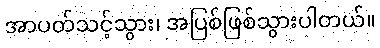
အာပတ်သင့်သွား၊ အပြစ်ဖြစ်သွားပါတယ်။